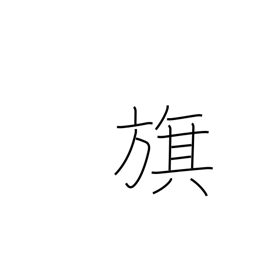
Meaning: banner